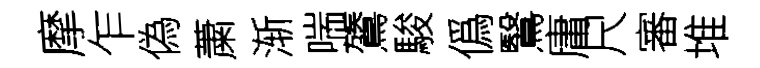
摩乍偽䔥渐喘鷟駿僞鷖庸尺審堆